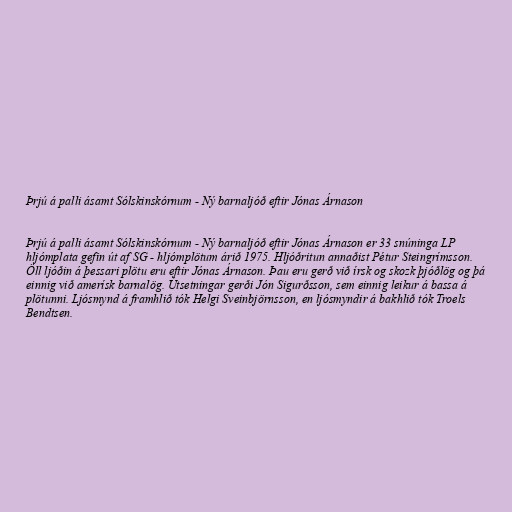
Þrjú á palli ásamt Sólskinskórnum - Ný barnaljóð eftir Jónas Árnason

Þrjú á palli ásamt Sólskinskórnum - Ný barnaljóð eftir Jónas Árnason er 33 snúninga LP
hljómplata gefin út af SG - hljómplötum árið 1975. Hljóðritun annaðist Pétur Steingrímsson.
Öll ljóðin á þessari plötu eru eftir Jónas Árnason. Þau eru gerð við írsk og skozk þjóðlög og þá
einnig við amerísk barnalög. Útsetningar gerði Jón Sigurðsson, sem einnig leikur á bassa á
plötunni. Ljósmynd á framhlið tók Helgi Sveinbjörnsson, en ljósmyndir á bakhlið tók Troels
Bendtsen.